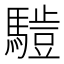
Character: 𱄮